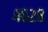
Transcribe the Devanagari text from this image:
४०२८